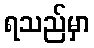
ရသည်မှာ